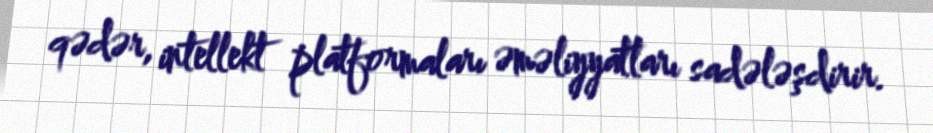
qədər, intellekt platformaları əməliyyatları sadələşdirir.